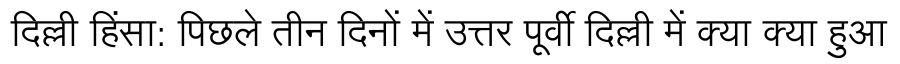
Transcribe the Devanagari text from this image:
दिल्ली हिंसा: पिछले तीन दिनों में उत्तर पूर्वी दिल्ली में क्या क्या हुआ